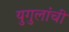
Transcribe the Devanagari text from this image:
युगुलांची